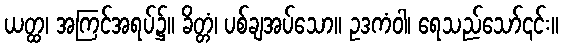
ယတ္ထ၊ အကြင်အရပ်၌။ ခိတ္တံ၊ ပစ်ချအပ်သော။ ဥဒကံဝါ၊ ရေသည်သော်၎င်း။